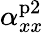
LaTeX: \alpha_{xx}^{\mathrm{p2}}